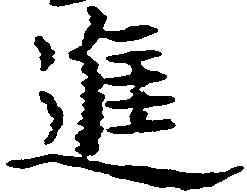
進